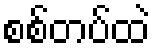
စစ်တပ်ထဲ